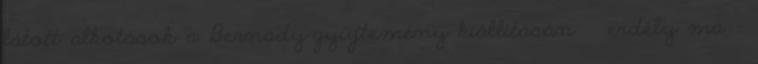
látott alkotások a Bernády-gyűjtemény kiállításán ↑ erdély ma –